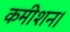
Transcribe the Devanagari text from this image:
कमीशन।